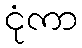
ငုံကာ